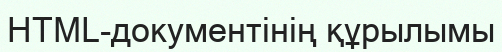
HTML-документінің құрылымы